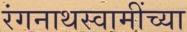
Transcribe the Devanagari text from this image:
रंगनाथस्वामींच्या